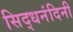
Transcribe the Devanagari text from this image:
सिद्धनंदिनी